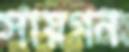
সায়গন